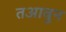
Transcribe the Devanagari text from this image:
तआवुन